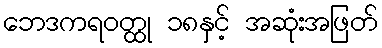
ဘေဒကရဝတ္ထု ၁၈နှင့် အဆုံးအဖြတ်